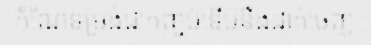
កំណែទម្រង់ជាកញ្ចប់ទើបនឹងដាក់ចេញ